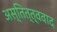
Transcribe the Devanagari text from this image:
अस्तित्त्ववाद